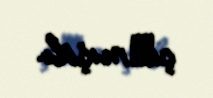
çıхmışdı.